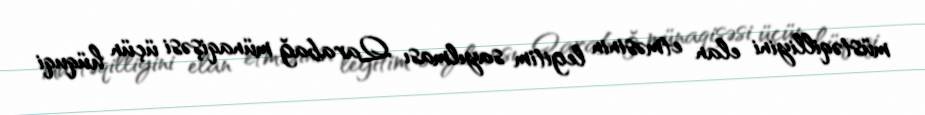
müstəqilliyini elan etməsinin legitim sayılması Qarabağ münaqişəsi üçün hüquqi